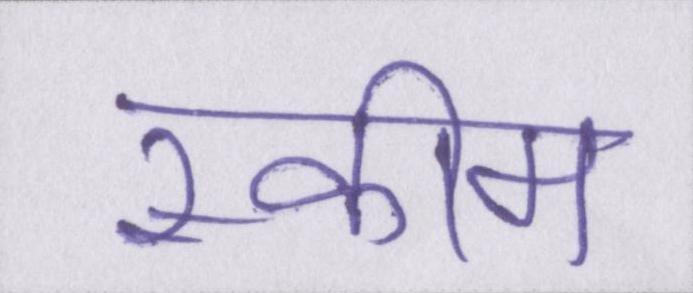
स्कीम